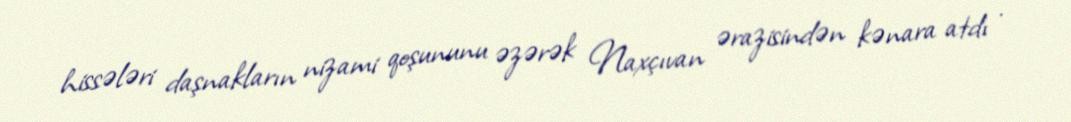
hissələri daşnakların nizami qoşununu əzərək Naxçıvan ərazisindən kənara atdı .